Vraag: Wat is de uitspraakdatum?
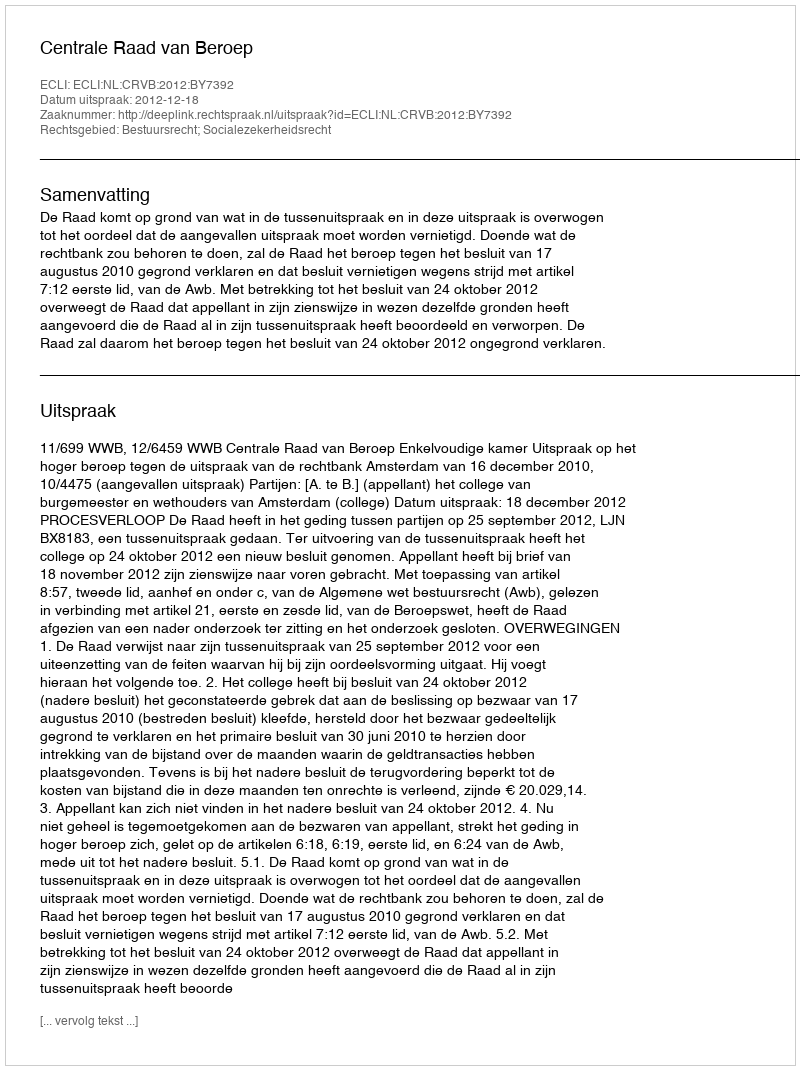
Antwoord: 2012-12-18